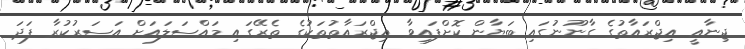
ޖިިނާއީ އިޖްރައާތުގެ ގާނޫނުގައި ބަޔާން ކޮށްފައިވާ އިޖްރައާތުތަކުގެ ތެރޭގައި މައްސަލައަށް އަސަރުކުރާ ފަދަ